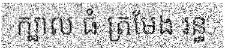
ក្បាល ធំ ត្រមែង រន្ធ